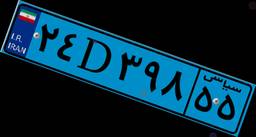
۰۳D۰۶۷۴۶